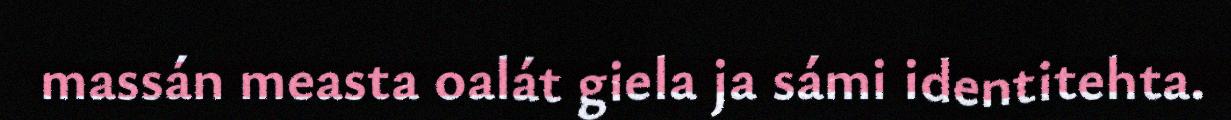
massán measta oalát giela ja sámi identitehta.